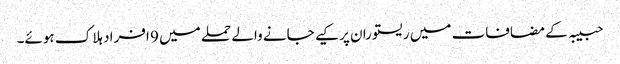
حبیبہ کے مضافات میں ریستوران پر کیے جانے والے حملے میں 9 افراد ہلاک ہوئے۔